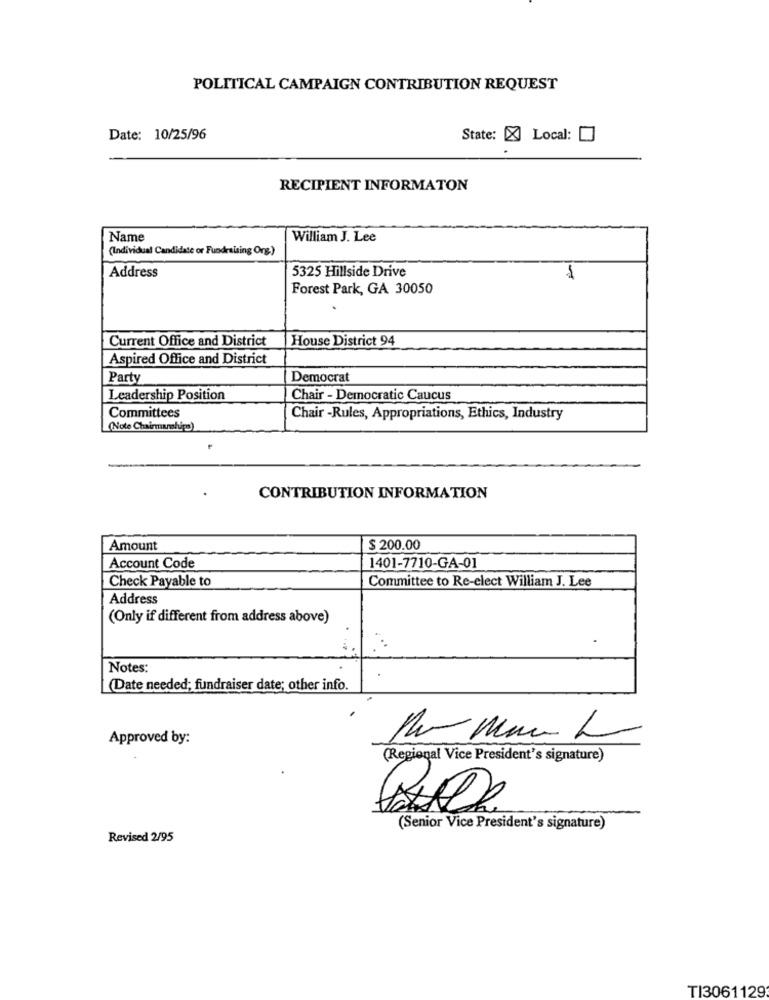
POLITICAL CAMPAIGN CONTRIBUTION REQUEST
Date: 10/25/96
State: X Local: [
RECIPIENT INFORMATON
Name
William J. Lee
(Individual Candidate or Fundraising Org)
Address
5325 Hillside Drive
1
Forest Park, GA 30050
Current Office and District
House District 94
Aspired Office and District
Party
Democrat
Leadership Position
Chair - Democratic Caucus
Committees
Chair -Rules, Appropriations, Ethics, Industry
(Note Chairmanshipa)
CONTRIBUTION INFORMATION
Amount
$ 200.00
Account Code
1401-7710-GA-01
Check Payable to
Committee to Re-elect William J. Lee
Address
(Only if different from address above)
Notes:
(Date needed; fundraiser date; other info.
Approved by:
(Regional Vice President's signature)
(Senior Vice President's signature)
Revised 2/95
TI3061129